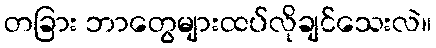
တခြား ဘာတွေများထပ်လိုချင်သေးလဲ။